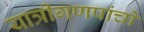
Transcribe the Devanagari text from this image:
यात्रीगणपांचों